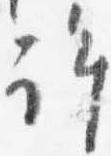
許